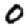
Digit: 0